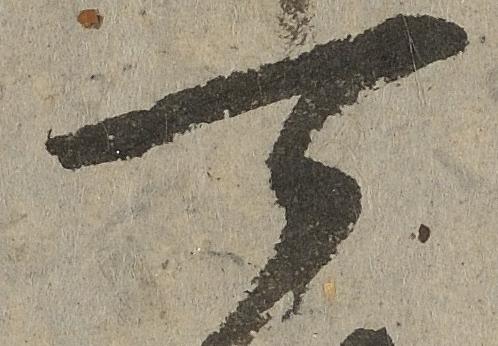
可